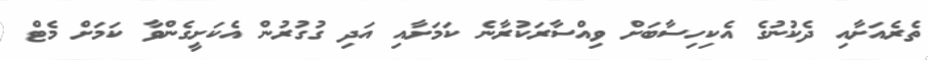
ތެރެއަށާއި ދެކުނުގެ އެކިހިސާބަށް ވިއްސާރަކުރާނެެެ ކަމަށާއި އަދި ގުގުރުން އެކަށީގެންވާ ކަަމަށް މެޓް